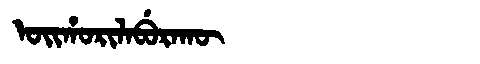
Manchu: ᠣᡳᡥᠣᡵᡳᠯᠠᠪᡠᡵᠠᡴᡡ
Romanization: OIHORILABURAKŪ